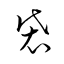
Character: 袋